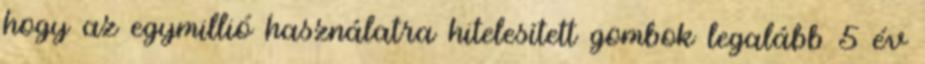
hogy az egymillió használatra hitelesített gombok legalább 5 év